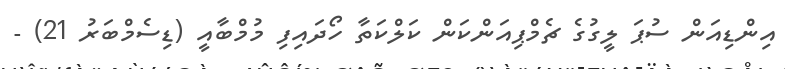
އިންޑިއަން ސުޕަ ލީގުގެ ޗެމްޕިއަންކަން ކަލްކަތާ ހޯދައިފި މުމްބާއީ (ޑިސެމްބަރު 21) -